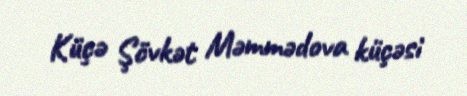
Küçə Şövkət Məmmədova küçəsi